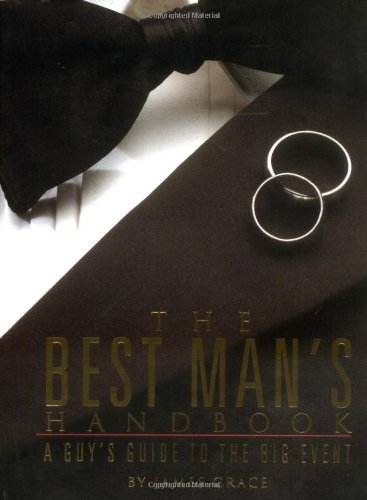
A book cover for The Best Man's Handbook; James Grace; Crafts, Hobbies & Home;